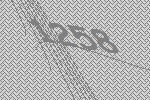
1258